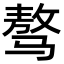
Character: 骜